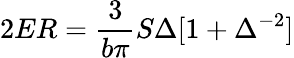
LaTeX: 2ER=\frac{3}{b\pi}S\Delta[1+\Delta^{-2}]